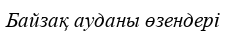
Байзақ ауданы өзендері